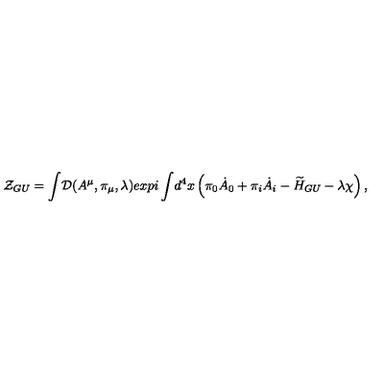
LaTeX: { \cal Z } _ { G U } = { \displaystyle \int } { \cal D } ( A ^ { \mu } , \pi _ { \mu } , \lambda ) e x p { i \displaystyle \int } d ^ { 4 } x \left( \pi _ { 0 } { \dot { A } _ { 0 } } + \pi _ { i } { \dot { A } _ { i } } - { \widetilde H _ { G U } } - \lambda \chi \right) ,